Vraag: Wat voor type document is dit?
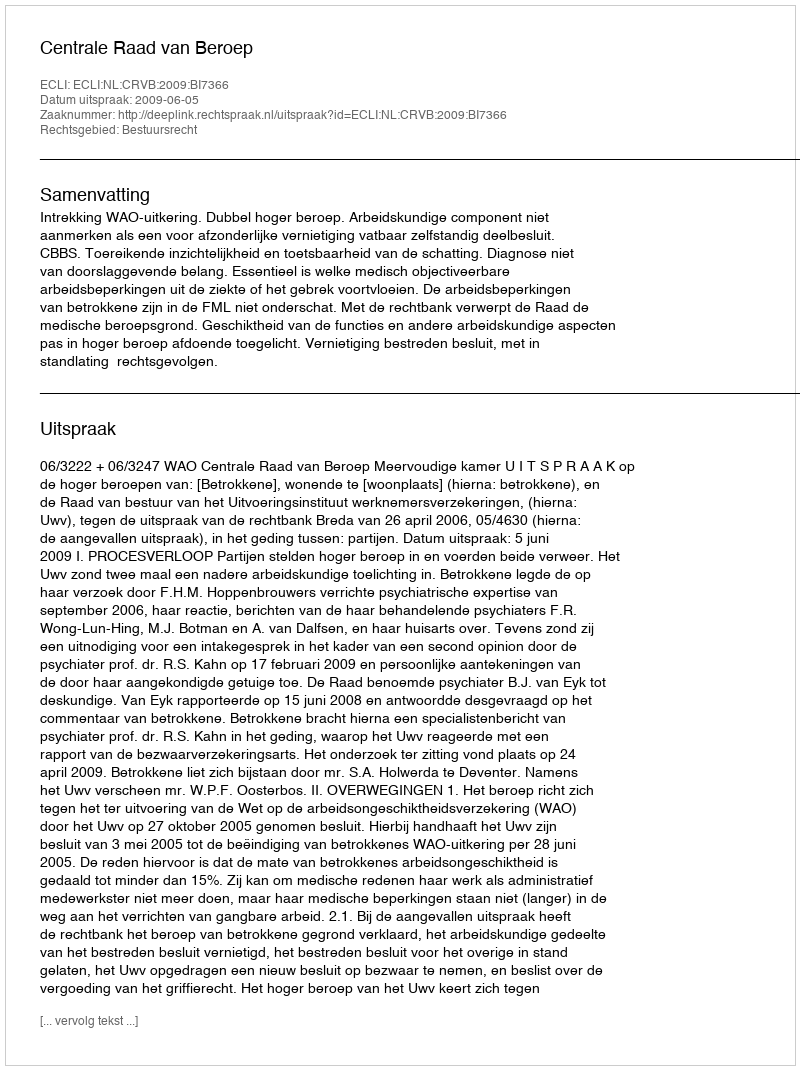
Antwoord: Uitspraak